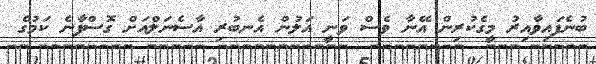
ބުނެފައިވާއިރު މީގެކުރިން އޭނާ ވެސް ވަނީ އަލުން އެނބުރި އާސެނަލްއަށް ގޮސްފާނެ ކަމުގެ